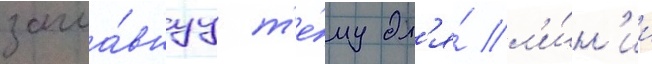
загла́внуу т'е́му дл'я́ л'и́н'ии